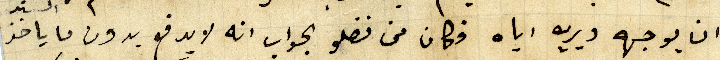
ان يوجهه ويريه اياه فكان من فضلو الجواب انه لا يدفع بدون ما ياخد